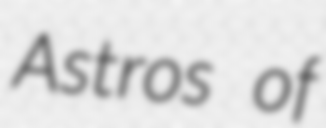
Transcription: Astros of